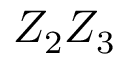
Z _ { 2 } Z _ { 3 }